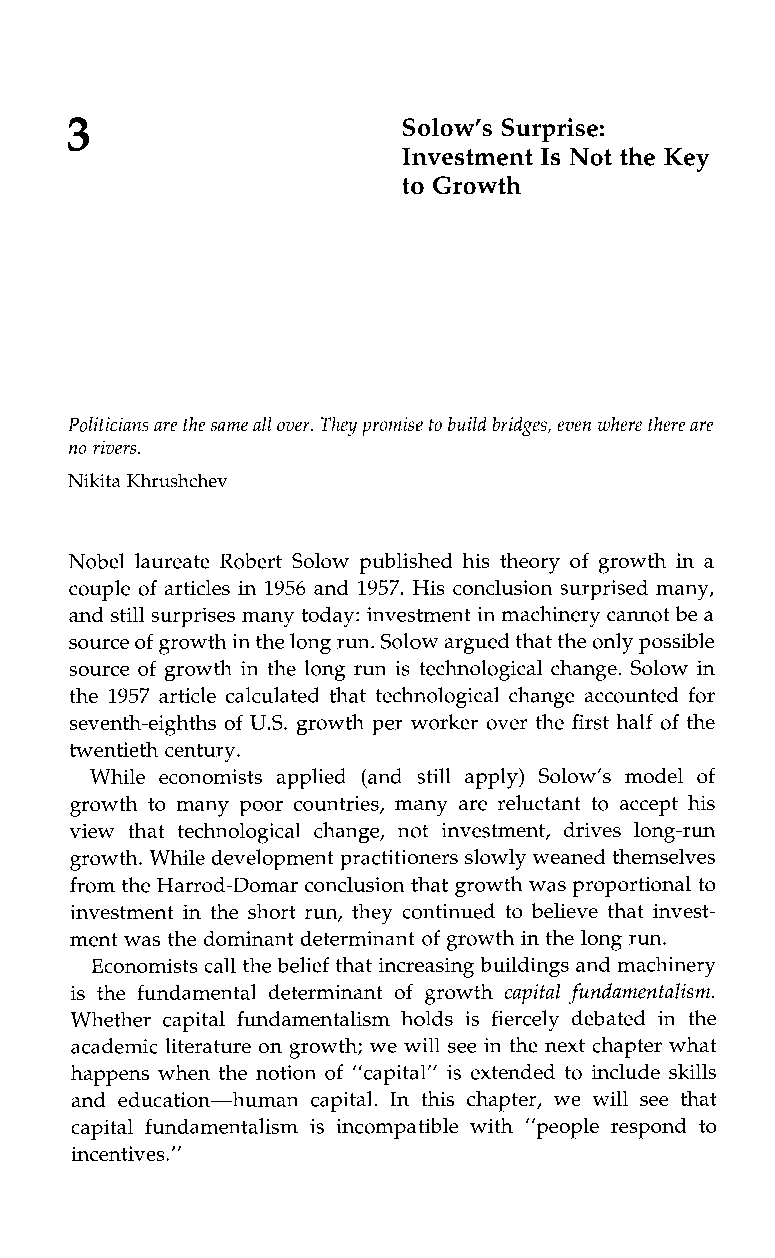
3                      Solow’s Surprise:
 Investment Is Not the Key
 to Growth
 Politicians are the same all over. They promise to build bridges, even where there are
 no rivers.
 Nikita Khrushchev
 Nobel laureate Robert Solow published his theory of growth in a
 couple of articles in 1956 and 1957. His conclusion surprised many,
 and still surprises many today: investment in machinery cannot be a
 source of growth in the long runS.o low argued that the onlpyo ssible
 source of growth in the long run is technological change. Solow in
 the 1957 article calculated that technological change accounted for
 seventh-eighths of U.S. growth per worker over the first half of the
 twentieth century.
 While economistsa pplied( ands tilla pply) Solow’s model of
 growth to many poor countries, many are reluctant to accept his
 view that technological change,n oti nvestment,d rivesl ong-run
 growth. While development practitioners slowly weaned themselves
 from the Harrod-Domar conclusion that growth was proportionalt o
 investment in the short run, they continued to believe that invest-
 ment was the dominant determinanto f growth in the long run.
 Economists call the belief that increasing buildings and machinery
 is the fundamental determinant of growth capitalf undamentalism.
 Whetherc apitalf undamentalismh oldsi s fiercely debatedi nt he
 academic literature on growth; we will see in the next chapter what
 happens when the notion of ”capital” is extended to include skills
 ande ducation-humanc apital. In thisc hapter,w ew ills eet hat
 capitalf undamentalismi si ncompatiblew ith” peopler espond to
 incentives.”